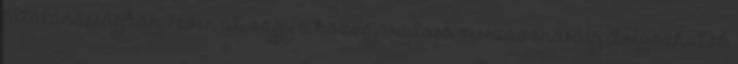
általánosságban 7 éven át, vagy a hozzájárulása visszavonásáig dolgozhatók